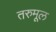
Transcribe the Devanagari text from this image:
तरुमूल